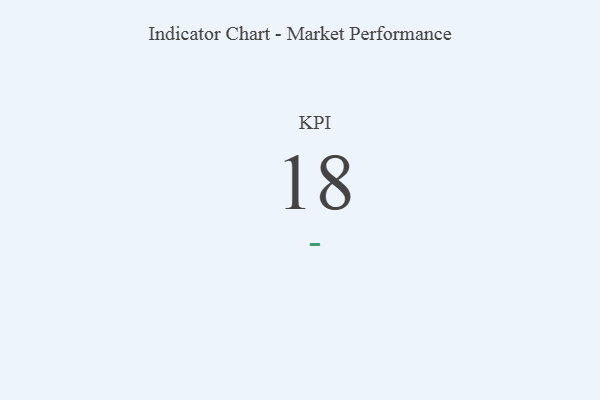
{"axis": {"x": "KPI", "y": "Value"}, "legend": [""], "data": [{"x": "KPI", "y": 18, "type": ""}]}